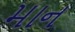
માન